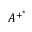
A ^ { + ^ { * } }